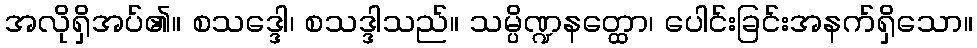
အလိုရှိအပ်၏။ စသဒ္ဒေါ၊ စသဒ္ဒါသည်။ သမ္ပိဏ္ဍနတ္ထော၊ ပေါင်းခြင်းအနက်ရှိသော။